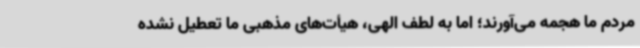
مردم ما هجمه می‌آورند؛ اما به لطف الهی، هیأت‌های مذهبی ما تعطیل نشده